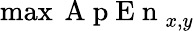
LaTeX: \operatorname*{max}{\mathrm{~A~p~E~n~}}_{x,y}